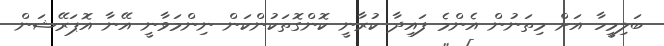
ބަލިމީހާ އަށް މިތަނުން އެންމެ ފައިދާ ކުރާނީ ކޮންގޮތަކުންކަން ނިންމަވާނީ އޭނާ އޮޕަރޭޝަން